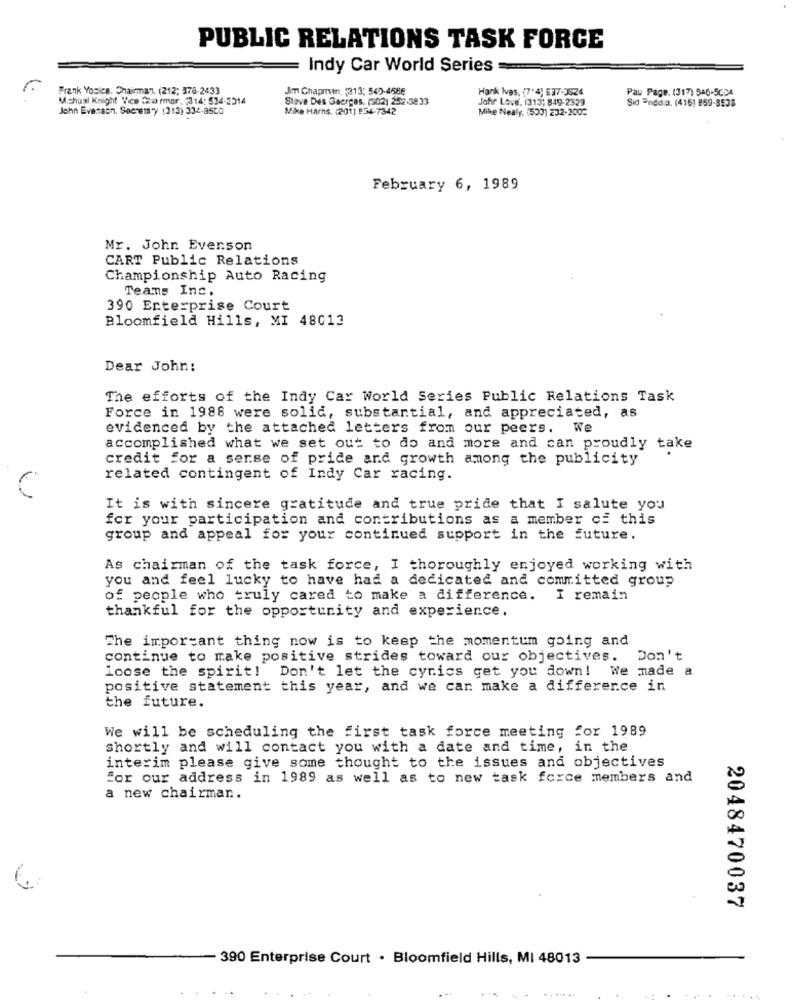
PUBLIC RELATIONS TASK FORCE
Indy Car World Series
Frank Yosice. Chairman. (212; 378-2433
Jim Chapman, "313; 540-4568
Hank Ives, (7'4) E37-3524
Pau Page. (317) 546-5CC4
M.shasi Knight Vice Charmar. 314: 534-3314
Stave Des Gaerges, (502) 25-38 33
Jofir Love. 1313; 849-2329
Sid Endda. (416) 859-8538
John Evenson. Secrets'y (313) 334-8500
Mike Harns. (201) 936-7342
Mike Nealy. [503) 232-2002
February 6, 1989
Mr. John Evenson
CART Public Relations
Championship Auto Racing
Teams Inc.
390 Enterprise Court
Bloomfield Hills, MI 48013
Dear John:
The efforts of the Indy Car World Series Public Relations Task
Force in 1988 were solid, substantial, and appreciated, as
evidenced by the attached letters from our peers. We
accomplished what we set out to do and more and can proudly take
credit for a sense of pride and growth among the publicity
related contingent of Indy Car racing.
It is with sincere gratitude and true pride that I salute you
for your participation and contributions as a member of this
group and appeal for your continued support in the future.
As chairman of the task force, I thoroughly enjoyed working with
you and feel lucky to have had a dedicated and committed group
of people who truly cared to make a difference.
I remain
thankful for the opportunity and experience.
The important thing now is to keep the momentum going and
continue to make positive strides toward our objectives.
Don't
loose the spirit! Don't let the cynics get you down! We made a
positive statement this year, and we can make a difference in
the future.
We will be scheduling the first task force meeting for 1989
shortly and will contact you with a date and time, in the
interim please give some thought to the issues and objectives
for our address in 1989 as well as to new task force members and
a new chairman.
2048470037
- 390 Enterprise Court . Bloomfield Hills, MI 48013